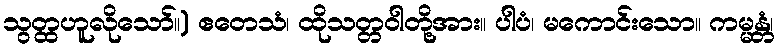
သွတ္ထဟူလိုသော်။) ဧတေသံ၊ ထိုသတ္တဝါတို့အား။ ပါပံ၊ မကောင်းသော။ ကမ္မန္တံ၊